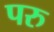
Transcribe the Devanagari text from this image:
परु